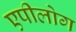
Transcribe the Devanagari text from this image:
एपीलोग